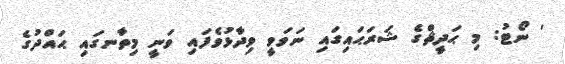
' ނޯޓު: މި ޙަދީޘްގެ ޝަރަޙައިގައި ނަވަވީ ވިދާޅުވެފައި ވަނީ މިތާނގައި ޙައްދުގެ